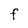
Character: F